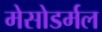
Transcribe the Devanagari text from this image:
मेसोडर्मल